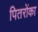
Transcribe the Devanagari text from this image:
पितरोंका